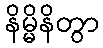
နိမ္မိနိတွာ